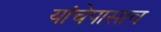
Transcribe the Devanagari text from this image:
यांचेपासाव